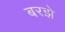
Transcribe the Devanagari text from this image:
बरझे